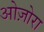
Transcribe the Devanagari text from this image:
ओज़ोरा